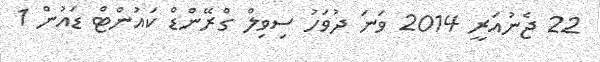
22 ޖެނުއަރީ 2014 ވަނަ ދުވަހު ސިވިލް ގްރޭންޑް ކައުންޓް ޑައުން 1